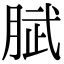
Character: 𭨹